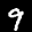
Digit: 9